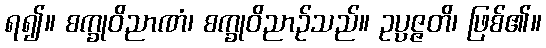
ရ၍။ စက္ခုဝိညာဏံ၊ စက္ခုဝိညာဉ်သည်။ ဥပ္ပဇ္ဇတိ၊ ဖြစ်၏။